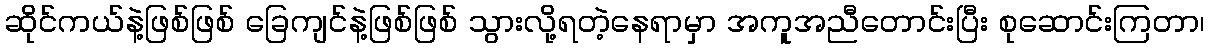
ဆိုင်ကယ်နဲ့ဖြစ်ဖြစ် ခြေကျင်နဲ့ဖြစ်ဖြစ် သွားလို့ရတဲ့နေရာမှာ အကူအညီတောင်းပြီး စုဆောင်းကြတာ၊